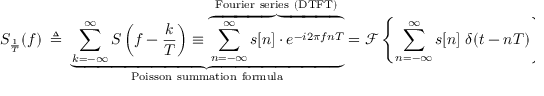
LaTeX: S _ { \frac { 1 } { T } } ( f ) \ \triangleq \ \underbrace { \sum _ { k = - \infty } ^ { \infty } S \left( f - { \frac { k } { T } } \right) \equiv \overbrace { \sum _ { n = - \infty } ^ { \infty } s [ n ] \cdot e ^ { - i 2 \pi f n T } } ^ { \mathrm { F o u r i e r ~ s e r i e s ~ ( D T F T ) } } } _ { \mathrm { P o i s s o n ~ s u m m a t i o n ~ f o r m u l a } } = { \mathcal { F } } \left\{ \sum _ { n = - \infty } ^ { \infty } s [ n ] \ \delta ( t - n T ) \right\} ,